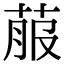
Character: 菔